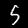
Label: 5